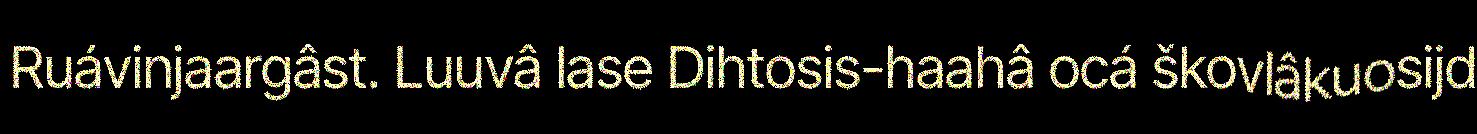
Ruávinjaargâst. Luuvâ lase Dihtosis-haahâ ocá škovlâkuosijd